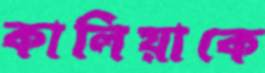
কালিয়াকে